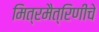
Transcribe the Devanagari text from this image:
मित्रमैत्रिणींचे